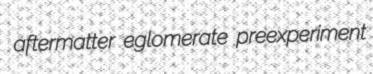
aftermatter eglomerate preexperiment